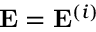
\mathbf { E } = \mathbf { E } ^ { ( i ) }